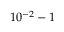
1 0 ^ { - 2 } - 1